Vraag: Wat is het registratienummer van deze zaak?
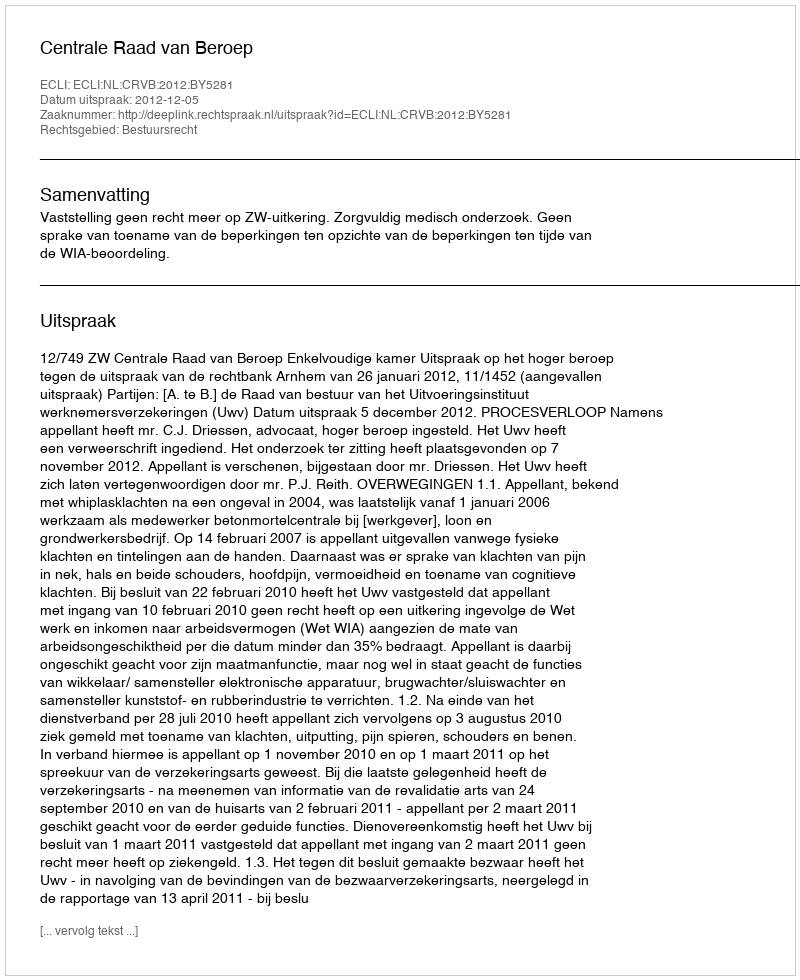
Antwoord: http://deeplink.rechtspraak.nl/uitspraak?id=ECLI:NL:CRVB:2012:BY5281